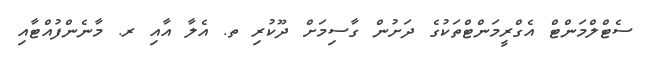
ސެޓްލްމަންޓް އެގްރީމަންޓްތަކުގެ ދަށުން ގާސިމަށް ދޫކުރި ތ. އެލާ އާއި ރ. މާނެންފުއްޓާއި